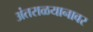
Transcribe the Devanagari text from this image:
अंतराळयानावर